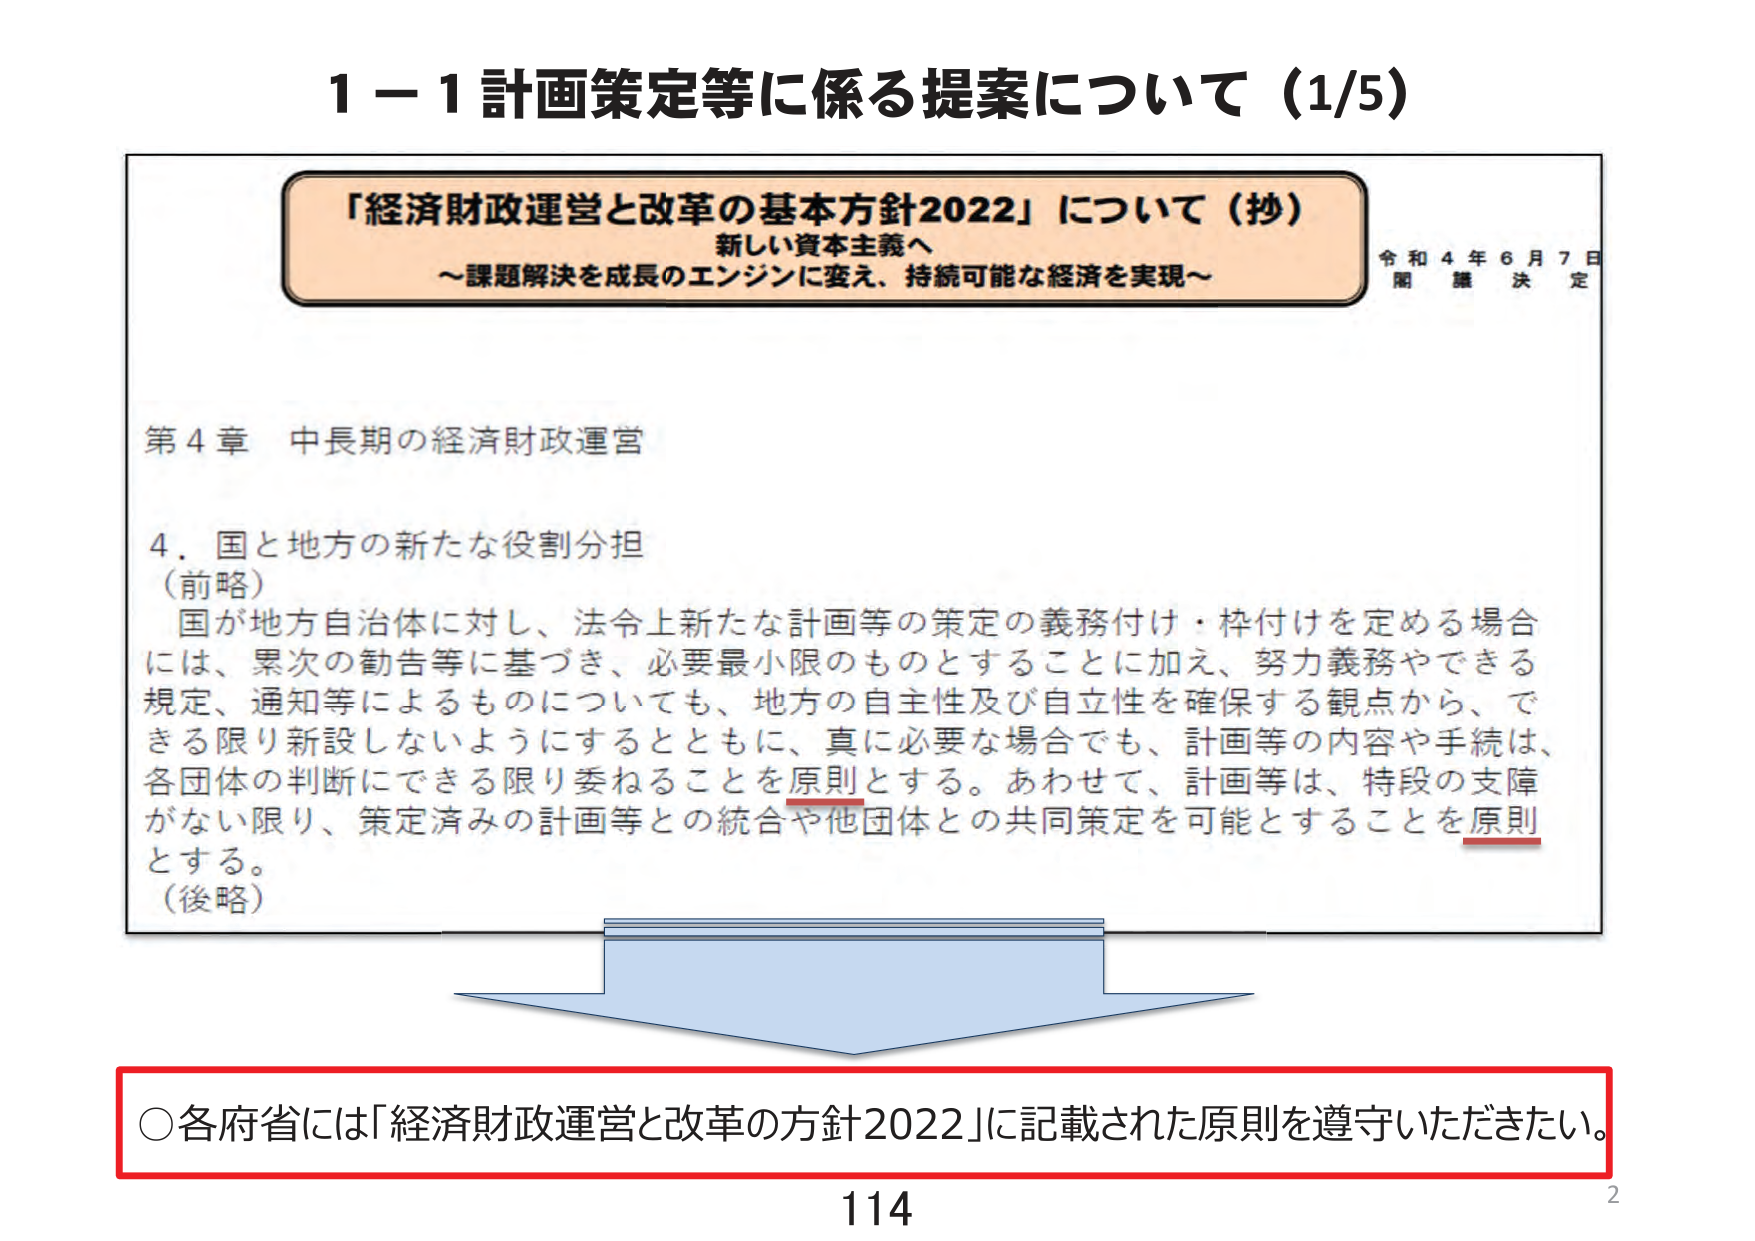
1－1 計画策定等に係る提案について（1/5）

「経済財政運営と改革の基本方針2022」について（抄）
新しい資本主義へ
～課題解決を成長のエンジンに変え、持続可能な経済を実現～

令和4年6月7日
閣議決定

第4章 中長期の経済財政運営

4．国と地方の新たな役割分担
（前略）
国が地方自治体に対し、法令上新たな計画等の策定の義務付け・枠付けを定める場合には、累次の勧告等に基づき、必要最小限のものとすることに加え、努力義務やできる規定、通知等によるものについても、地方の自主性及び自立性を確保する観点から、できる限り新設しないようにするとともに、真に必要な場合でも、計画等の内容や手続は、各団体の判断にできる限り委ねることを原則とする。あわせて、計画等は、特段の支障がない限り、策定済みの計画等との統合や他団体との共同策定を可能とすることを原則とする。
（後略）

○各府省には「経済財政運営と改革の方針2022」に記載された原則を遵守いただきたい。

114
2